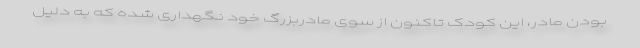
بودن مادر، این کودک تاکنون از سوی مادربزرگ خود نگهداری شده که به دلیل